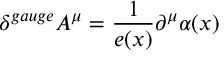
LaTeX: \delta ^ { g a u g e } A ^ { \mu } = \frac 1 { e ( x ) } \partial ^ { \mu } \alpha ( x ) \qquad